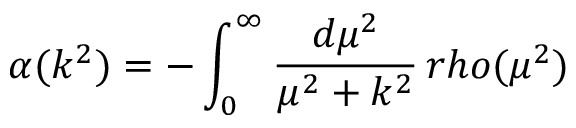
\alpha ( k ^ { 2 } ) = - \int _ { 0 } ^ { \infty } { \frac { d \mu ^ { 2 } } { \mu ^ { 2 } + k ^ { 2 } } } \, r h o ( \mu ^ { 2 } )